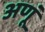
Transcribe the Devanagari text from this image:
अणूं